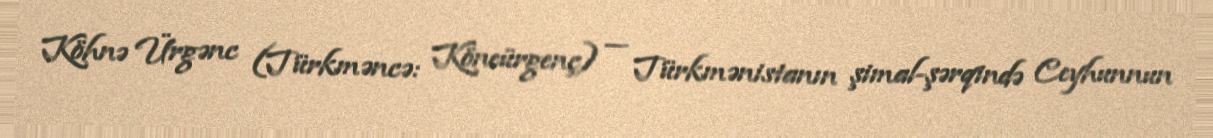
Köhnə Ürgənc (Türkməncə: Köneürgenç) — Türkmənistanın şimal-şərqində Ceyhunnun